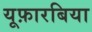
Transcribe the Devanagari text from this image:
यूफ़ारबिया